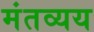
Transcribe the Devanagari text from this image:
मंतव्यय